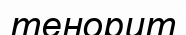
тенорит